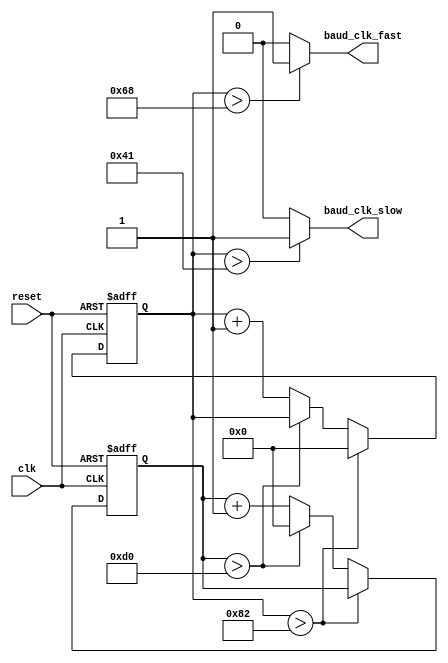
// Baud generator -- I will be using 20 MHz clk in the circuit and baud rate of 9600 -----//
 module baud_rate_generator (
 input     clk,
 input     reset,
 output     baud_clk_fast,
 output    baud_clk_slow  );
 
 
 parameter baud= 27'd9600;
 parameter clk_for_calculation = 27'd 20000000;
 parameter fast = (clk_for_calculation/(16*baud));
 parameter slow = fast*16;
 
reg  [7:0]counter,counter2  ;   //  20mhz/(16*9600) = 130 -> which means 130 clk cycles will be equal to the 1 clk cycle of baud_clk_fast and but we want only posege therfore 130/2 = 65.10
                       // that is why we need 6 bits to count till 65
//reg  [15:0] fast_reg,slow_reg;

always @ (posedge clk or negedge reset)
begin
if(!reset)
begin
counter <= 0;
counter2 <=0;
/*slow_reg<= 0;
fast_reg<= 0;*/
end

else if (counter > 130)
counter <= 0;
else if (counter2 > 208)
counter2 <= 0;
else
begin
counter <= counter + 1;
counter2 <= counter2 + 1;
/*slow_reg<= slow;
fast_reg<= fast;*/
end

end

assign baud_clk_slow =(counter > 65)?1:0;
assign baud_clk_fast = ( counter >104)?1:0;

endmodule